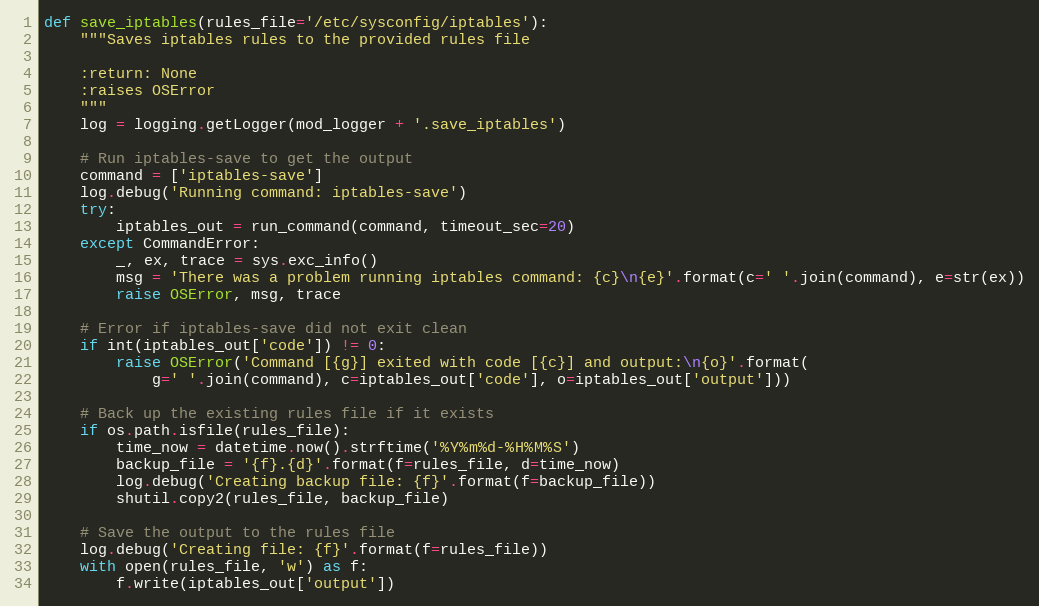
Language: Python
def save_iptables(rules_file='/etc/sysconfig/iptables'):
    """Saves iptables rules to the provided rules file

    :return: None
    :raises OSError
    """
    log = logging.getLogger(mod_logger + '.save_iptables')

    # Run iptables-save to get the output
    command = ['iptables-save']
    log.debug('Running command: iptables-save')
    try:
        iptables_out = run_command(command, timeout_sec=20)
    except CommandError:
        _, ex, trace = sys.exc_info()
        msg = 'There was a problem running iptables command: {c}\n{e}'.format(c=' '.join(command), e=str(ex))
        raise OSError, msg, trace

    # Error if iptables-save did not exit clean
    if int(iptables_out['code']) != 0:
        raise OSError('Command [{g}] exited with code [{c}] and output:\n{o}'.format(
            g=' '.join(command), c=iptables_out['code'], o=iptables_out['output']))

    # Back up the existing rules file if it exists
    if os.path.isfile(rules_file):
        time_now = datetime.now().strftime('%Y%m%d-%H%M%S')
        backup_file = '{f}.{d}'.format(f=rules_file, d=time_now)
        log.debug('Creating backup file: {f}'.format(f=backup_file))
        shutil.copy2(rules_file, backup_file)

    # Save the output to the rules file
    log.debug('Creating file: {f}'.format(f=rules_file))
    with open(rules_file, 'w') as f:
        f.write(iptables_out['output'])